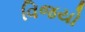
વિજયો